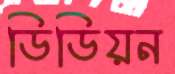
ডিডিয়ন